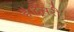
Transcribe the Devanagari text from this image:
है।दूसरी